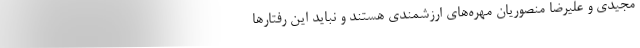
مجیدی و علیرضا منصوریان مهره‌های ارزشمندی هستند و نباید این رفتارها